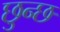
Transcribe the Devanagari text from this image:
छुन्छ